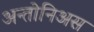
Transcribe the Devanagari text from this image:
अन्तोनिअस